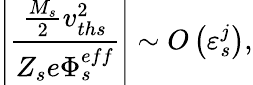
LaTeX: \left\vert\frac{\frac{M_{s}}{2}v_{ths}^{2}}{{Z_{s}e}\Phi_{s}^{eff}}\right\vert\sim O\left(\varepsilon_{s}^{j}\right),